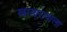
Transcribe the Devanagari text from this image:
खाखरावाला